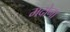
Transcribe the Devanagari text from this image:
मदोना